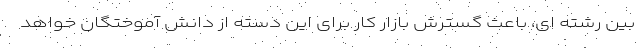
بین رشته ای، باعث گسترش بازار کار برای این دسته از دانش آموختگان خواهد